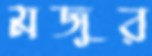
মজুর